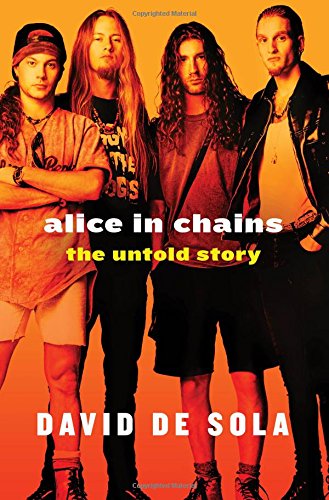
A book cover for Alice in Chains: The Untold Story; David de Sola; Arts & Photography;